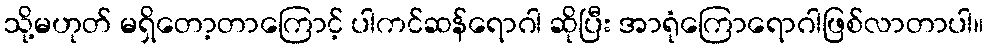
သို့မဟုတ် မရှိတော့တာကြောင့် ပါကင်ဆန်ရောဂါ ဆိုပြီး အာရုံကြောရောဂါဖြစ်လာတာပါ။